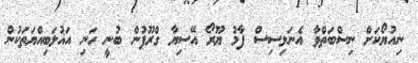
ނިއުޔޯކަށް ނިސްބަތްވާ އެނަލިސިސް ފާމު ޔޫރޯ އޭސިޔާ ގްރޫޕުން ބުނީ ހަނި އަޣުލަބިއްޔަތަކުން